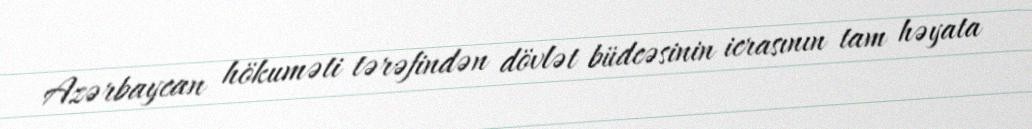
Azərbaycan hökuməti tərəfindən dövlət büdcəsinin icrasının tam həyata